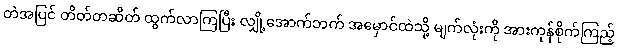
တဲအပြင် တိတ်တဆိတ် ထွက်လာကြပြီး လျှို့အောက်ဘက် အမှောင်ထဲသို့ မျက်လုံးကို အားကုန်စိုက်ကြည့်